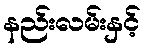
နည်းလမ်းနှင့်